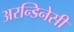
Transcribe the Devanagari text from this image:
अरन्डिनेसी